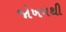
જોખમથી